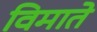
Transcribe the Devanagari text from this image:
विमाते